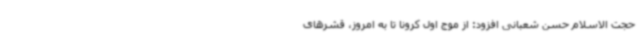
حجت الاسلام حسن شعبانی افزود: از موج اول کرونا تا به امروز، قشرهای